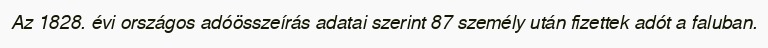
Az 1828. évi országos adóösszeírás adatai szerint 87 személy után fizettek adót a faluban.